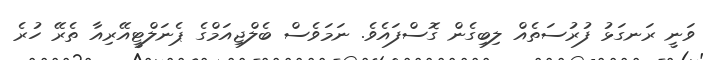
ވަނީ ރަނގަޅު ފުރުސަތެއް ލިބިގެން ގޮސްފައެވެ. ނަމަވެސް ބެލްޖިއަމްގެ ޕެނަލްޓީއޭރިއާ ތެރޭ ހުރެ